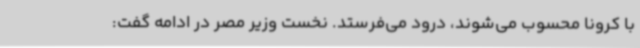
با کرونا محسوب می‌شوند، درود می‌فرستد. نخست وزیر مصر در ادامه گفت: